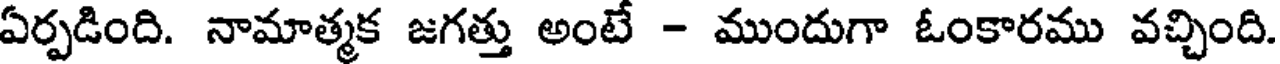
ఏర్పడింది. నామాత్మక జగత్తు అంటే - ముందుగా ఓంకారము వచ్చింది